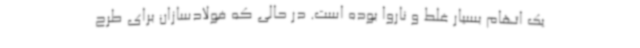
یک اتهام بسیار غلط و ناروا بوده است. در حالی که فولادسازان برای طرح